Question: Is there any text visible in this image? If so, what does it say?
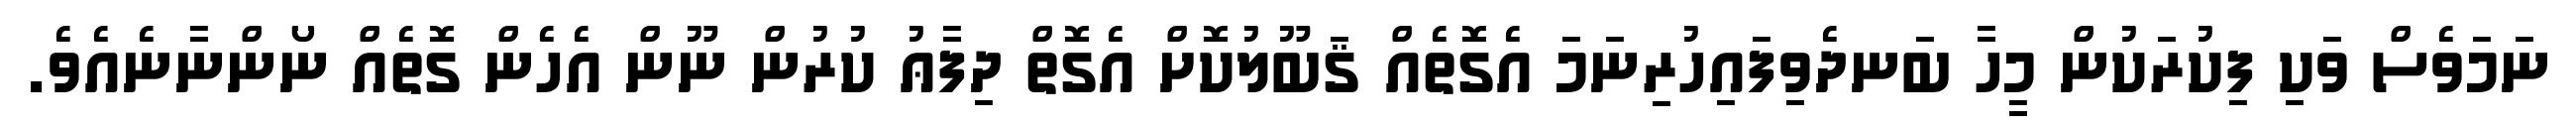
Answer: ނަމަވެސް ވަކި ފިކުރަކުން މީހާ ބަނދެވިފައިހުރިނަމަ އެގޮތެއް ޤަބޫލުކޮށް އެގޮތް ދިފާޢު ކުރުން ނޫން އެހެން ގޮތެއް ނޯންނާނެއެވެ.